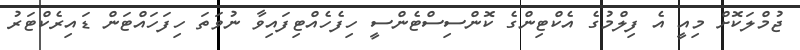
ޖުމްލަކޮށް މިއީ އެ ފިލްމުގެ އެކްޓިންގެ ކޮންސިސްޓެންސީ ހިފެހެއްޓިފައިވާ ނުވަތަ ހިފަހައްޓަން ޑައިރެކްޓަރު